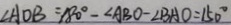
\angle A O B = 1 8 0 ^ { \circ } - \angle A B O - \angle B A O = 1 5 0 ^ { \circ }